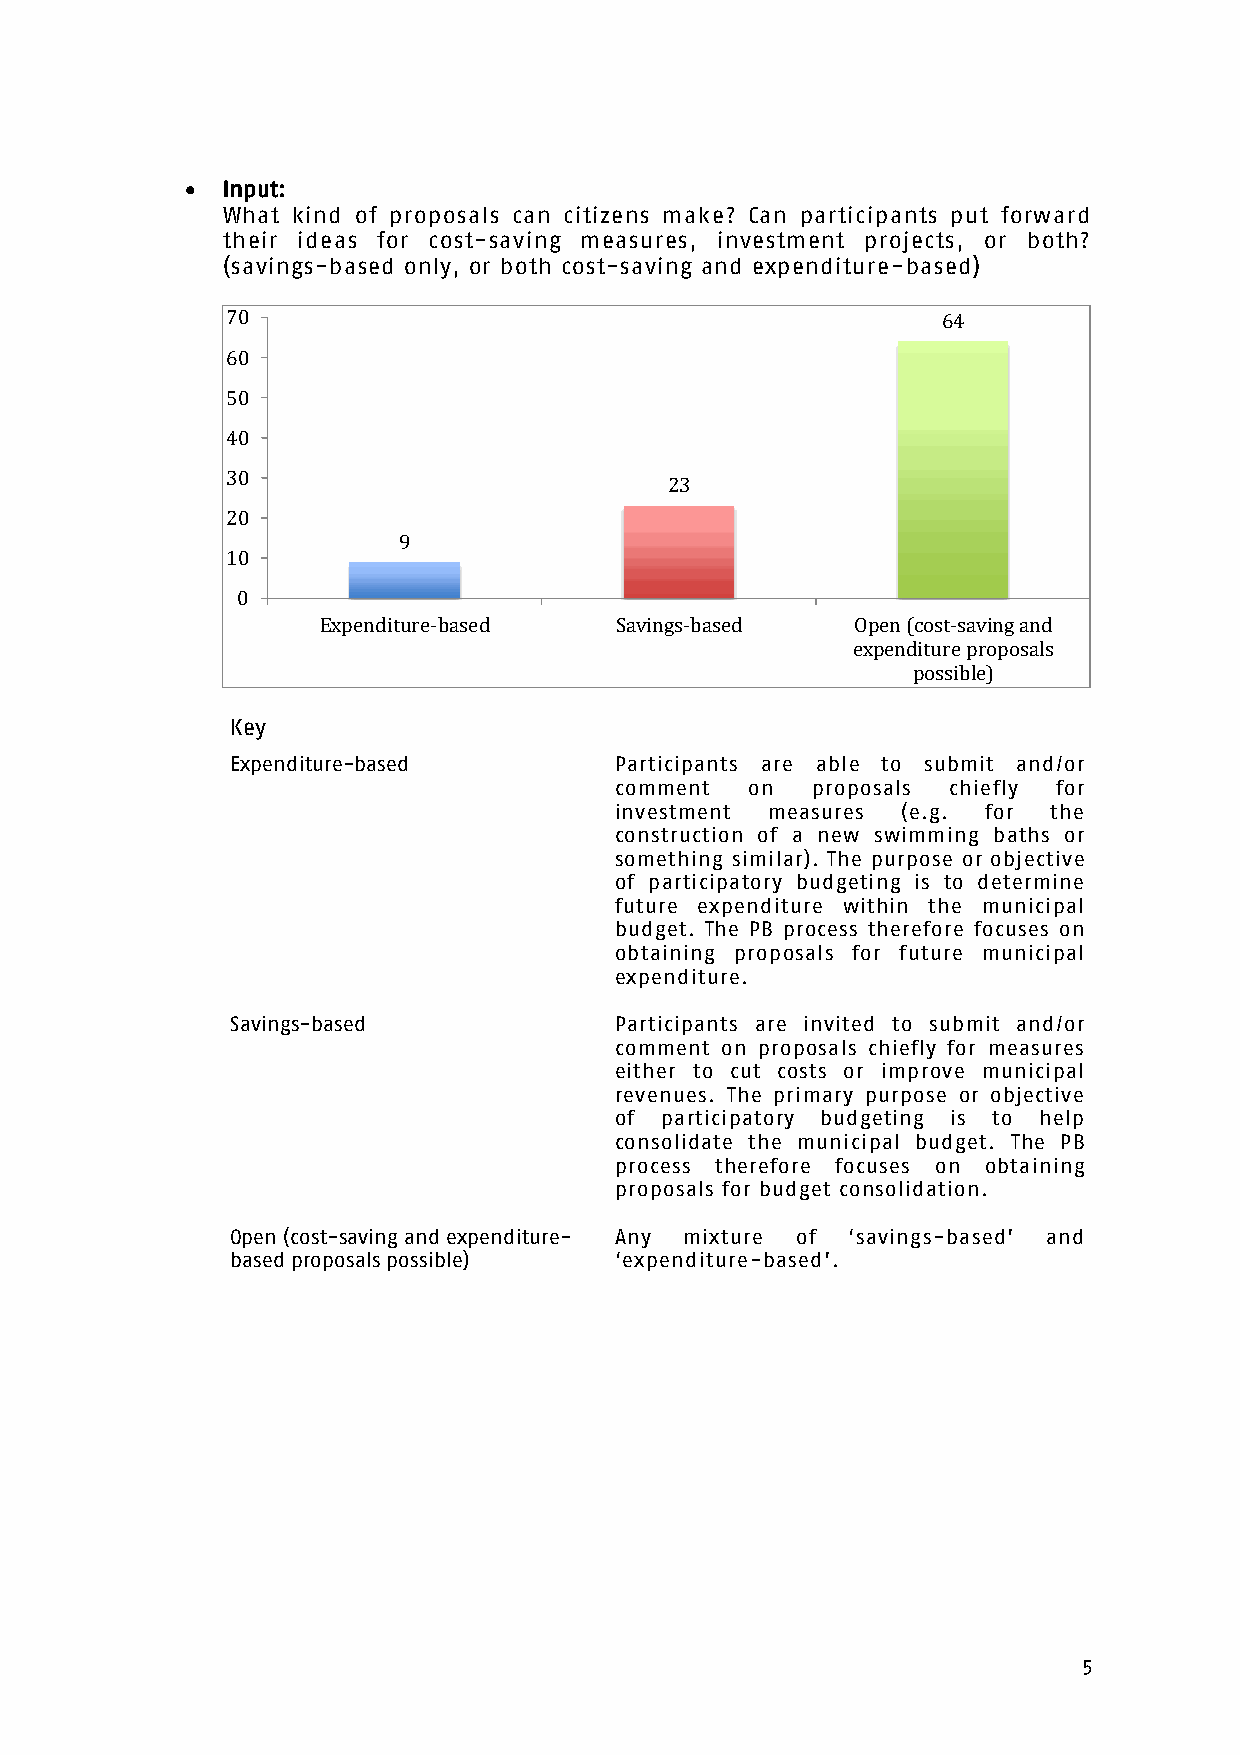
  Input:
 What kind of proposals can citizens make? Can participants put forward
 their ideas for cost-saving measures, investment projects, or both?
 (savings-based only, or both cost-saving and expenditure-based)
 70                                             64
 60
 50
 40
 30
 23
 20
 9
 10
 0
 Expenditure-based   Savings-based   Open (cost-saving and
 expenditure proposals
 possible)
 Key
 Expenditure-based         Participants are able to submit and/or
 comment  on  proposals chiefly for
 investment measures (e.g. for the
 construction of a new swimming baths or
 something similar). The purpose or objective
 of participatory budgeting is to determine
 future expenditure within the municipal
 budget. The PB process therefore focuses on
 obtaining proposals for future municipal
 expenditure.
 Savings-based             Participants are invited to submit and/or
 comment on proposals chiefly for measures
 either to cut costs or improve municipal
 revenues. The primary purpose or objective
 of participatory budgeting is to help
 consolidate the municipal budget. The PB
 process therefore focuses on obtaining
 proposals for budget consolidation.
 Open (cost-saving and expenditure- Any mixture of ‘savings-based’ and
 based proposals possible) ‘expenditure-based’.
 5